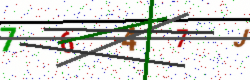
Text: 7647J